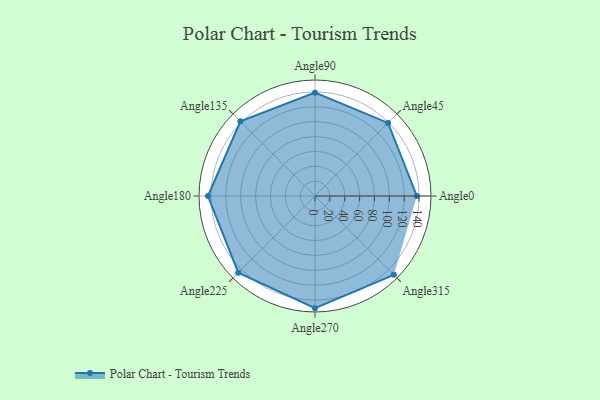
{"axis": {"x": "Angle", "y": "Radius"}, "legend": [""], "data": [{"x": "Angle0", "y": 137.0, "type": ""}, {"x": "Angle45", "y": 139.0, "type": ""}, {"x": "Angle90", "y": 139.0, "type": ""}, {"x": "Angle135", "y": 142.0, "type": ""}, {"x": "Angle180", "y": 144.0, "type": ""}, {"x": "Angle225", "y": 146.0, "type": ""}, {"x": "Angle270", "y": 151.0, "type": ""}, {"x": "Angle315", "y": 150.0, "type": ""}]}